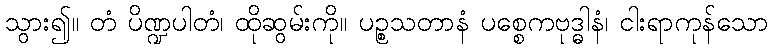
သွား၍။ တံ ပိဏ္ဍပါတံ၊ ထိုဆွမ်းကို။ ပဉ္စသတာနံ ပစ္စေကဗုဒ္ဓါနံ၊ ငါးရာကုန်သော